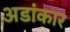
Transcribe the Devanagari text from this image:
अडांकार